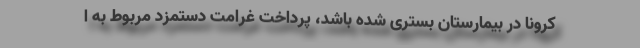
کرونا در بیمارستان بستری شده باشد، پرداخت غرامت دستمزد مربوط به ا